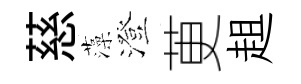
慈藻澄茰趄